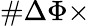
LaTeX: \# \Delta\Phi\times